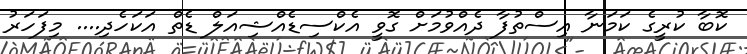
ކޮބާ ކުރީގެ ކަމަނާ އިސްތުފާ ދެއްވުމަށް ގޮވީ އެކްސިޑެއްޝިއަލް ޑެތް އަކަހެދި.... މިފަހަރު